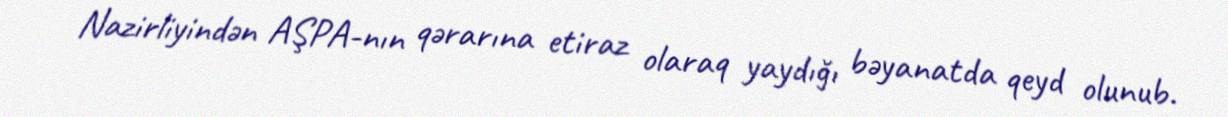
Nazirliyindən AŞPA-nın qərarına etiraz olaraq yaydığı bəyanatda qeyd olunub.